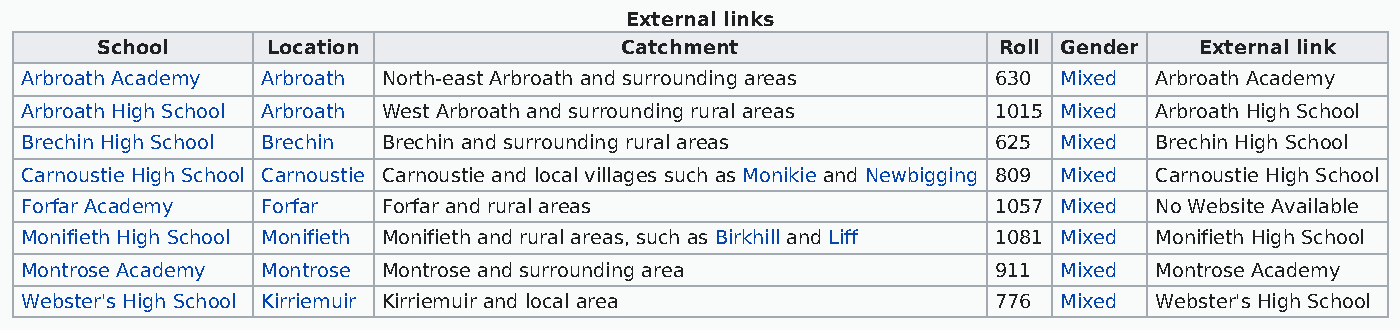
External links
 School      Location               Catchment                Roll Gender  External link
 Arbroath Academy Arbroath North-east Arbroath and surrounding areas 630 Mixed Arbroath Academy
 Arbroath High School Arbroath West Arbroath and surrounding rural areas 1015 Mixed Arbroath High School
 Brechin High School Brechin Brechin and surrounding rural areas  625 Mixed Brechin High School
 Carnoustie High School Carnoustie Carnoustie and local villages such as Monikie and Newbigging 809 Mixed Carnoustie High School
 Forfar Academy  Forfar  Forfar and rural areas                   1057 Mixed No Website Available
 Monifieth High School Monifieth Monifieth and rural areas, such as Birkhill and Liff 1081 Mixed Monifieth High School
 Montrose Academy Montrose Montrose and surrounding area          911 Mixed Montrose Academy
 Webster's High School Kirriemuir Kirriemuir and local area       776 Mixed Webster's High School